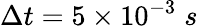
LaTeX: \Delta t=5\times 10^{-3}\; s